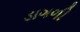
ડાગળી